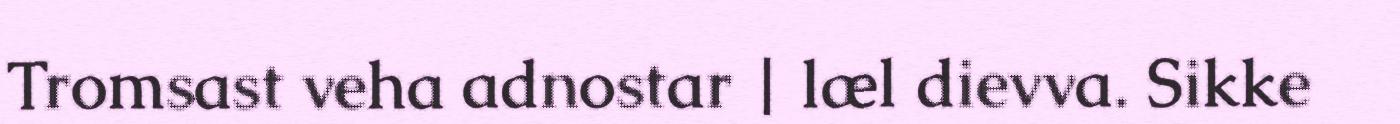
Tromsast veha adnostar | læl dievva. Sikke